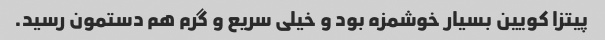
پیتزا کویین بسیار خوشمزه بود و خیلی سریع و گرم هم دستمون رسید.